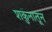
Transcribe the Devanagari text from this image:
शकुनातून